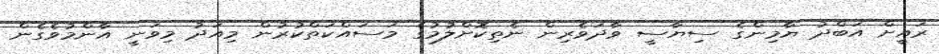
ރައީށް އަބްދު ޔާމިންގެ ސިޔާސީ ވާދަވެރިން ނެތިކޮށްލުމުގެ މަސައްކަތްކުރުން މިއަދު މިވަނީ އާންމުވެގެން